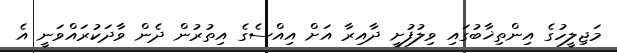
މަޖިލީހުގެ އިންތިޚާބުގައި ވިލުފުށީ ދާއިރާ އަށް އިއްސެގެ އިތުރުން ދެން ވާދަކުރައްވަނީ އެ